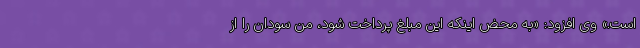
است.» وی افزود: «به محض اینکه این مبلغ پرداخت شود، من سودان را از